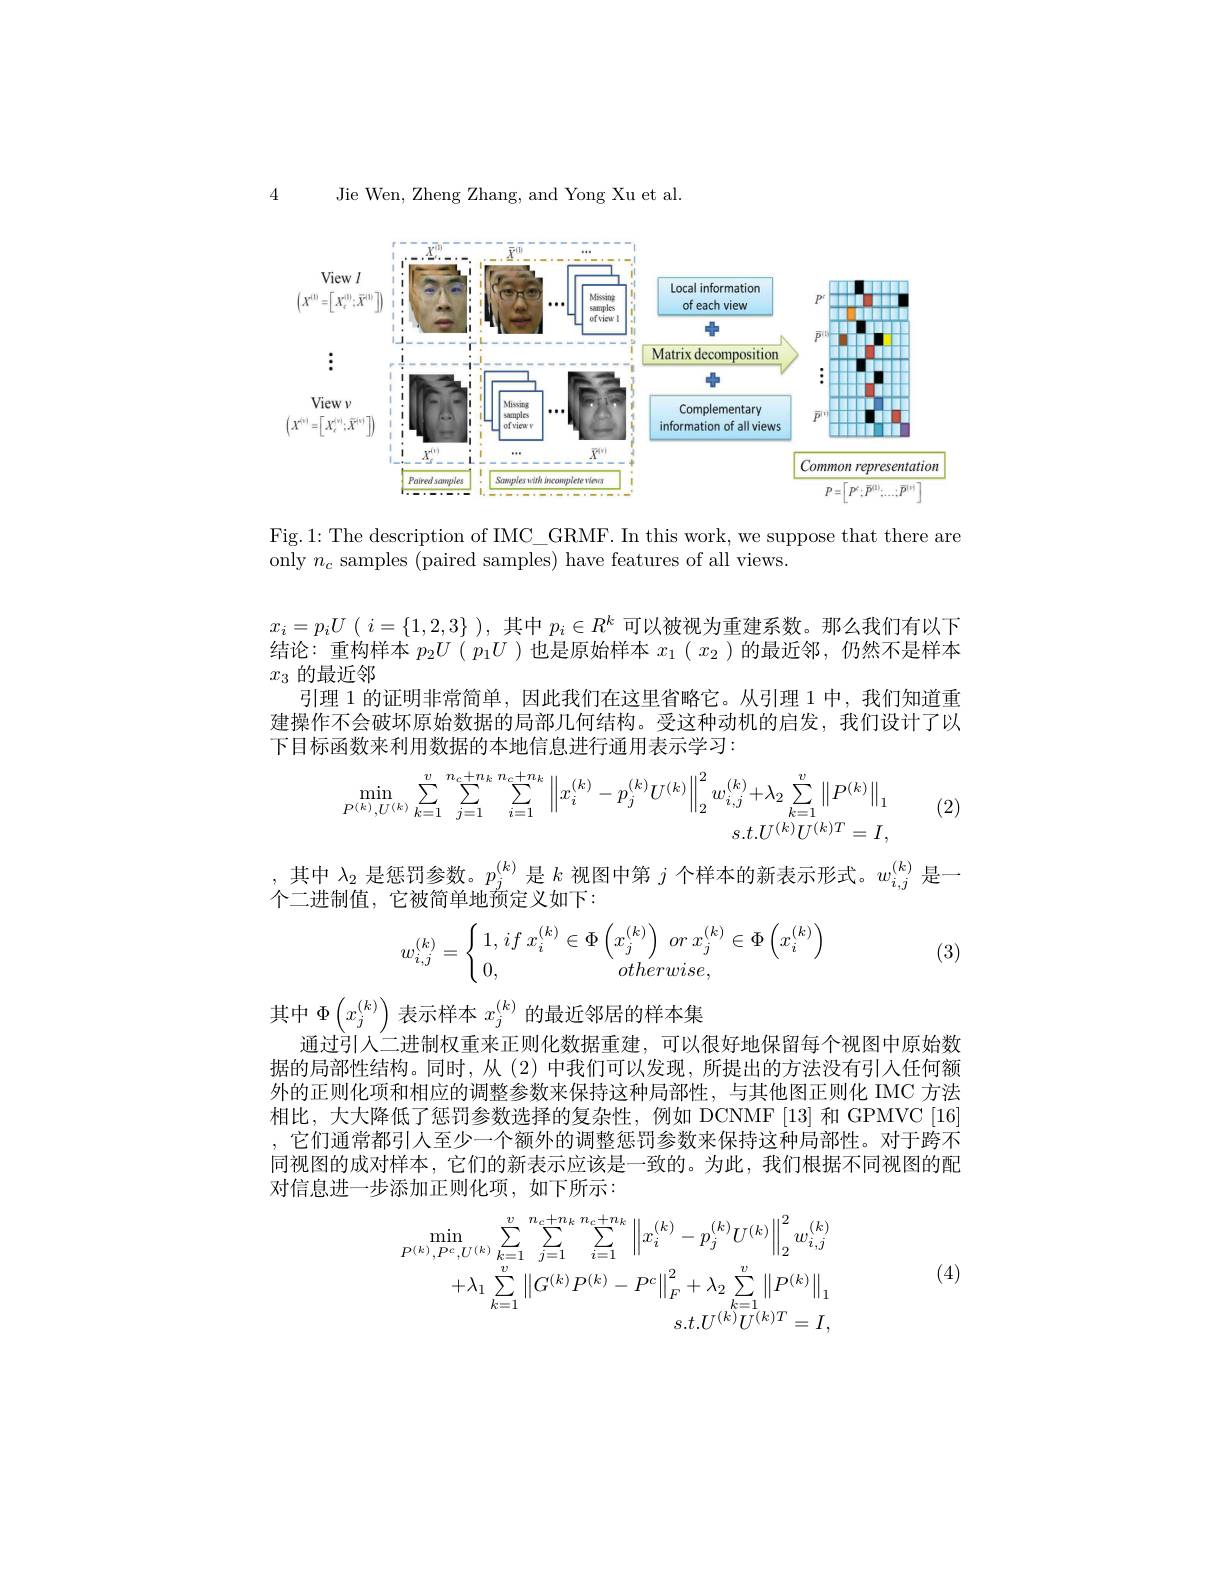
Jie Wen, Zheng Zhang, and Yong Xu et al.

4

<FigureHere>

Fig.1: The description of IMC\_GRMF. In this work, we suppose that there are
only $n_c$ samples (paired samples) have features of all views

$x_i= p_iU$ ( $i= \{ 1, 2, 3\}$ ) , 其 中 $p_i\in R^k$ 可 以 被 视 为 重 建 系 数 。那 么 我 们 有 以 下 结论：重构样本$p_2U(p_1U)$也是原始样本$x_1(x_2)$的最近邻，仍然不是样本$x_3$的最近邻
引理 1 的证明非常简单，因此我们在这里省略它。从引理 1 中，我们知道重建操作不会破坏原始数据的局部几何结构。受这种动机的启发，我们设计了以下目标函数来利用数据的本地信息进行通用表示学习：
$$\begin{aligned}\min_{P^{(k)},U^{(k)}}\sum_{k=1}^{v}\sum_{j=1}^{n_{c}+n_{k}}\sum_{i=1}^{n_{c}+n_{k}}\left\|x_{i}^{(k)}-p_{j}^{(k)}U^{(k)}\right\|_{2}^{2}w_{i,j}^{(k)}+\lambda_{2}\sum_{k=1}^{v}\left\|P^{(k)}\right\|_{1}\\s.t.U^{(k)}U^{(k)T}=I,\end{aligned}$$
(2)

,其中$\lambda_2$是惩罚参数。$p_j^(k)$是$k$视图中第$j$个样本的新表示形式。$w_i,j^{(k)}$是一
个二进制值，它被简单地预定义如下：
$$w_{i,j}^{(k)}=\left\{\begin{array}{l}1,\:if\:x_i^{(k)}\in\Phi\left(x_j^{(k)}\right)\:or\:x_j^{(k)}\in\Phi\left(x_i^{(k)}\right)\\0,\:otherwise,\end{array}\right.$$
(3)

其中$\Phi\left(x_{j}^{(k)}\right)$表示样本$x_j^{(k)}$的最近邻居的样本集
通过引人二进制权重来正则化数据重建，可以很好地保留每个视图中原始数据的局部性结构。同时，从(2)中我们可以发现，所提出的方法没有引人任何额外的正则化项和相应的调整参数来保持这种局部性，与其他图正则化 IMC 方法相比，大大降低了惩罚参数选择的复杂性，例如 DCNMF[13]和 GPMVC[16] ,它们通常都引人至少一个额外的调整惩罚参数来保持这种局部性。对于跨不同视图的成对样本，它们的新表示应该是一致的。为此，我们根据不同视图的配对信息进一步添加正则化项，如下所示：
$$\begin{aligned}\min_{P^{(k)},P^{c},U^{(k)}}&\sum_{k=1}^{v}\sum_{j=1}^{n_{c}+n_{k}}\sum_{i=1}^{n_{c}+n_{k}}\left\|x_{i}^{(k)}-p_{j}^{(k)}U^{(k)}\right\|_{2}^{2}w_{i,j}^{(k)}\\&+\lambda_{1}\sum_{k=1}^{v}\left\|G^{(k)}P^{(k)}-P^{c}\right\|_{F}^{2}+\lambda_{2}\sum_{k=1}^{v}\left\|P^{(k)}\right\|_{1}\\&s.t.U^{(k)}U^{(k)T}=I,\end{aligned}$$
(4)